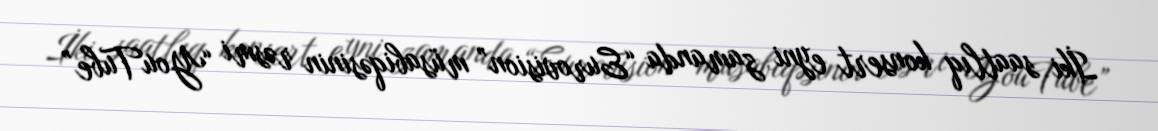
İki saatlıq konsert eyni zamanda “Eurovision” müsabiqəsinin rəsmi “YouTube”